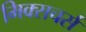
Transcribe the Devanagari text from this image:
मिक्सचर्स